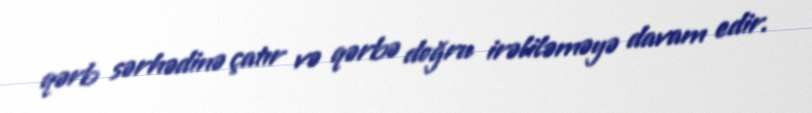
qərb sərhədinə çatır və qərbə doğru irəliləməyə davam edir.